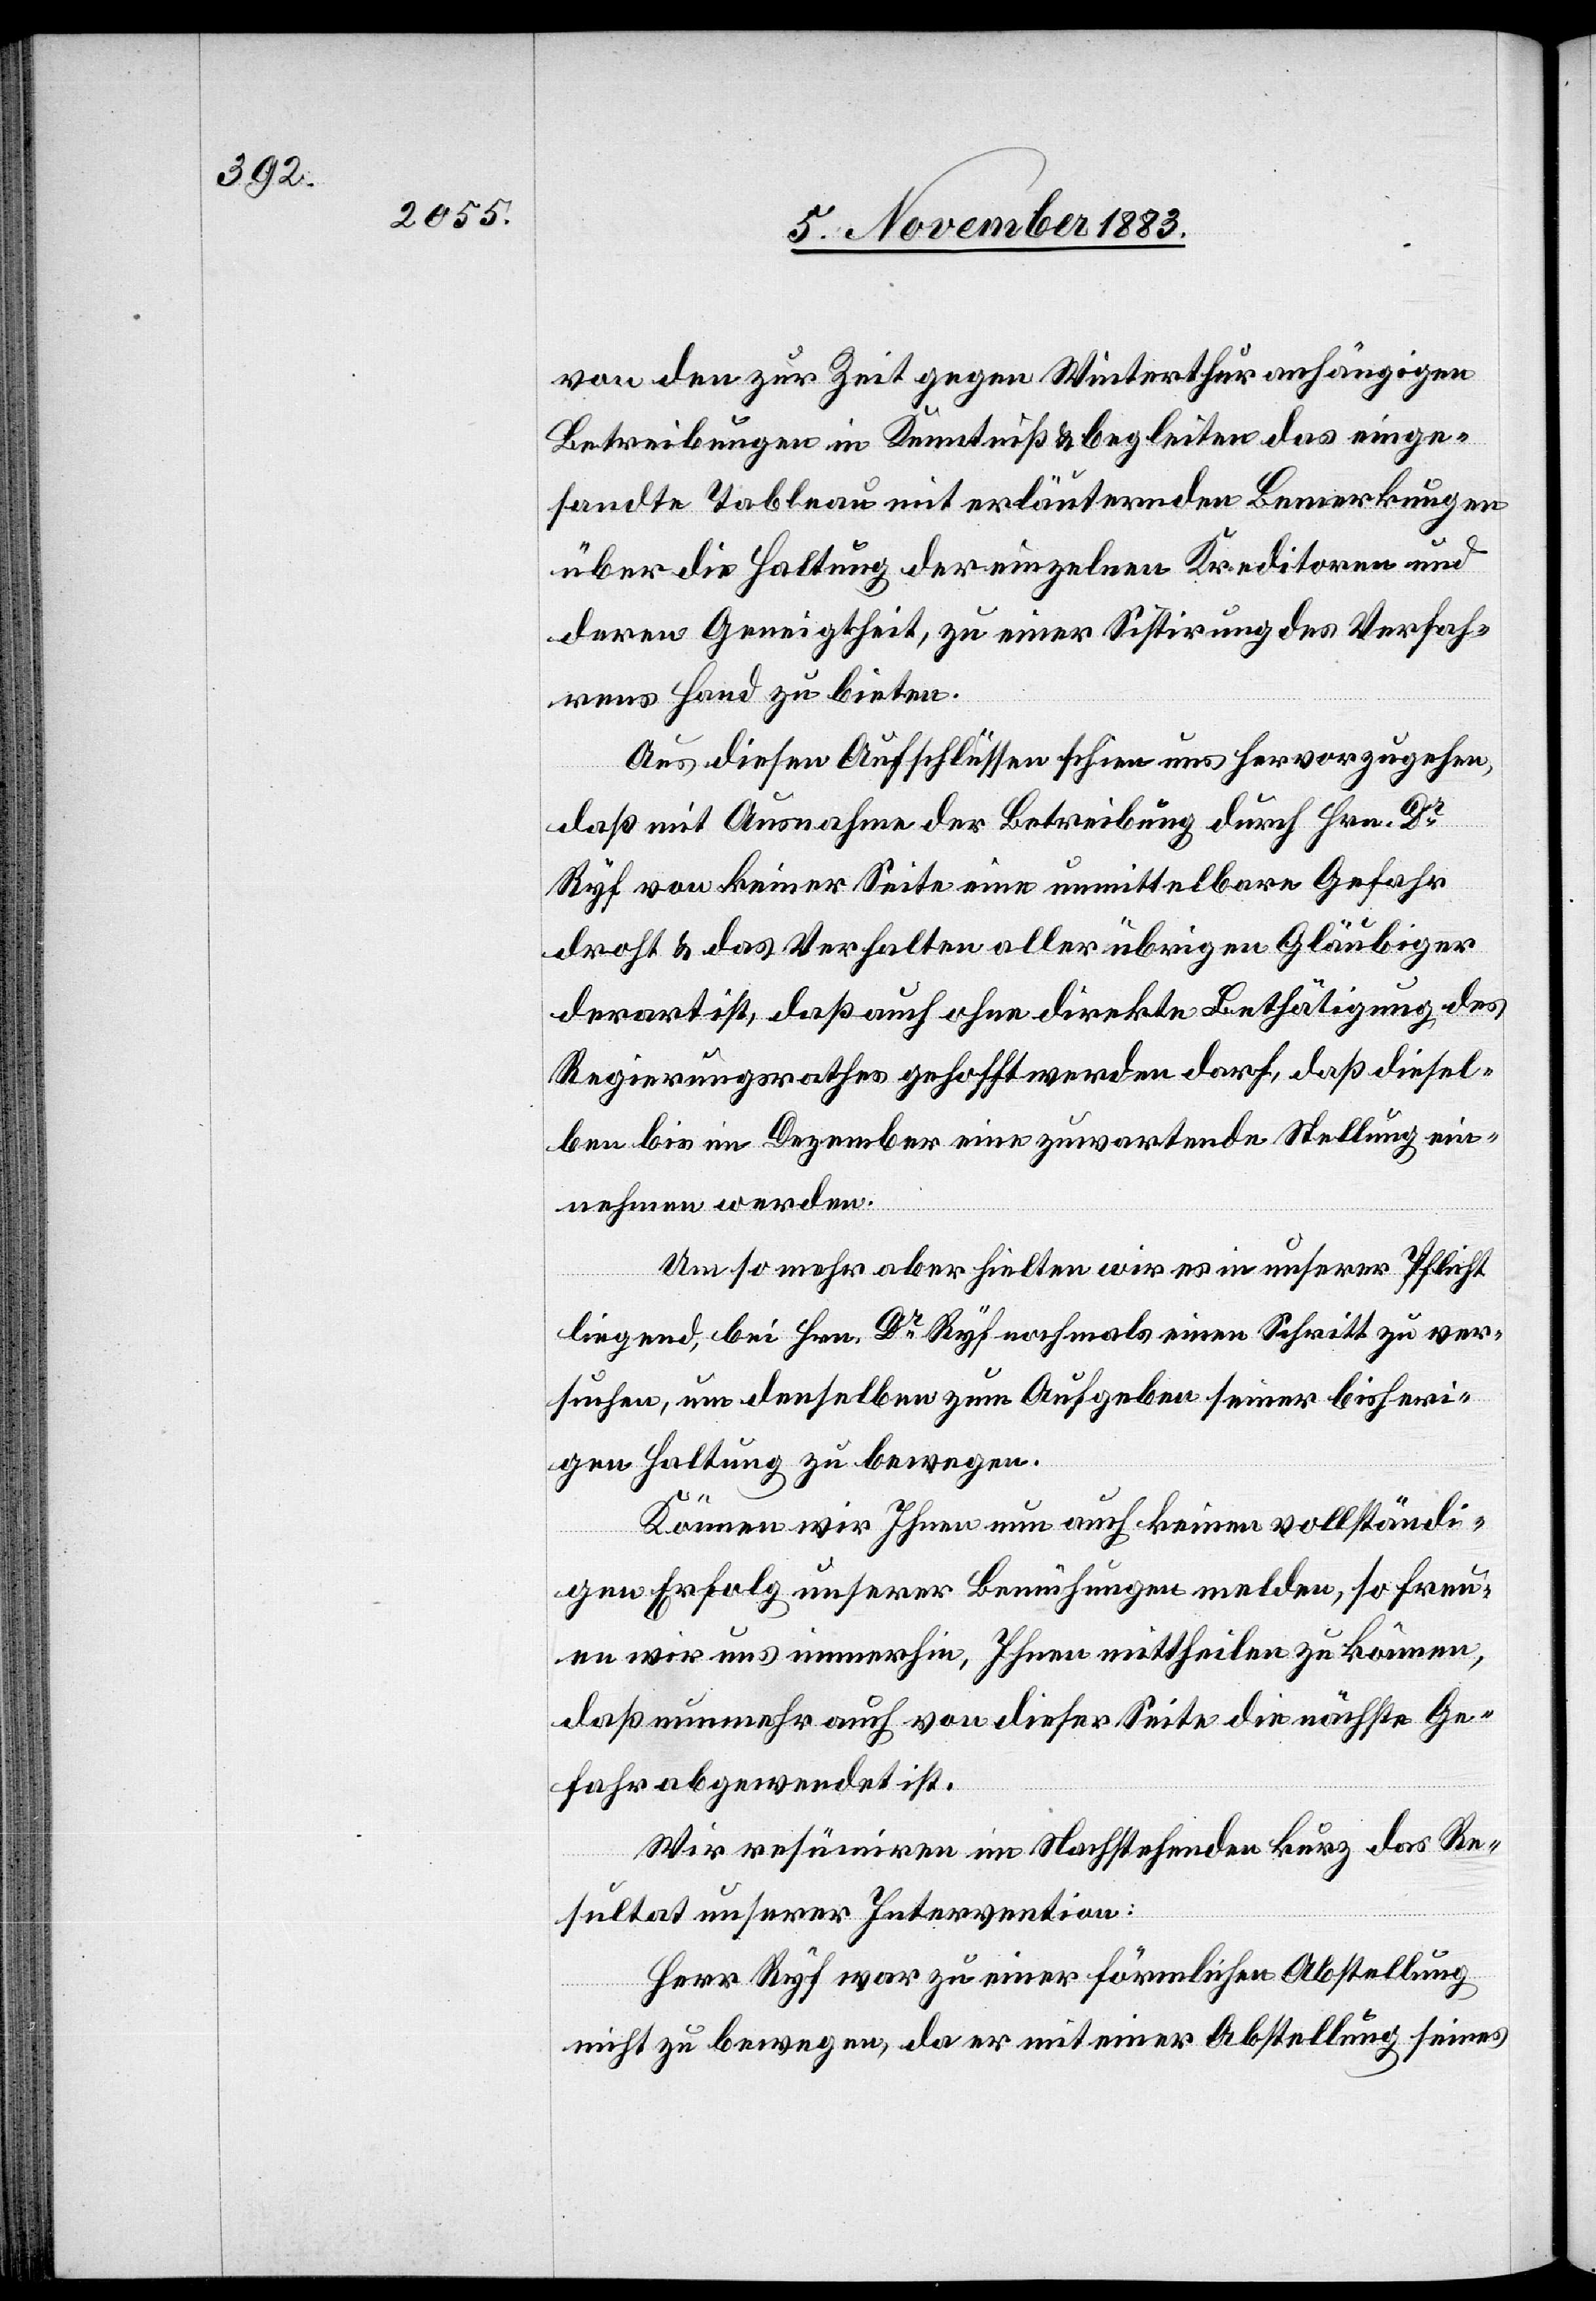
von den zur Zeit gegen Winterthur anhängigen
Betreibungen in Kenntniß & begleiten das einge¬
sandte Tableau mit erläuternden Bemerkungen
über die Haltung der einzelnen Kreditoren und
deren Geneigtheit, zu einer Sistirung des Verfah¬
rens Hand zu bieten.
Aus diesen Aufschlüssen schien uns hervorzugehen,
daß mit Ausnahme der Betreibung durch Hrn. Dr.
Ryf von keiner Seite eine unmittelbare Gefahr
droht & das Verhalten aller übrigen Gläubiger
derart ist, daß auch ohne direkte Bethätigung des
Regierungsrathes gehofft werden darf, daß diesel¬
be bis im Dezember eine zuwartende Stellung ein¬
nehmen werden.
Umso mehr aber hielten wir es in unserer Pflicht
liegend, bei Hrn. Dr Ryf nochmals einen Schritt zu ver¬
suchen, um denselben zum Aufgeben seiner bisheri¬
gen Haltung zu bewegen.
Können wir Ihnen nun auch keinen vollständi¬
gen Erfolg unserer Bemühungen melden, so freu¬
en wir uns immerhin, Ihnen mittheilen zu können,
daß nunmehr auch von dieser Seite die nächste Ge¬
fahr abgewendet ist.
Wir resümiren im Nachstehenden kurz das Re¬
sultat unserer Intervention:
Herr Ryf war zu einer förmlichen Abstellung
nicht zu bewegen, da er mit einer Abstellung seines